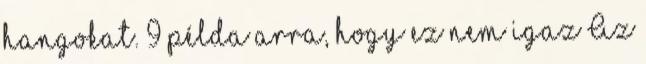
hangokat. 9 példa arra, hogy ez nem igaz Az